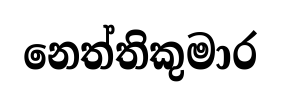
නෙත්තිකුමාර